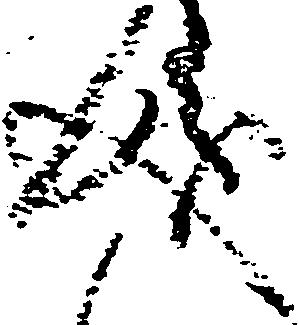
成